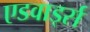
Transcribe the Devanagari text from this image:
एडवार्ड्स